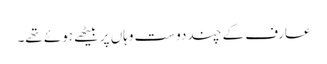
عارف کے چند دوست وہاں پر بیٹھے ہوئے تھے۔